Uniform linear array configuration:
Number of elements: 16
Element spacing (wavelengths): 1
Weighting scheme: hann
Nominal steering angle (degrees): -45
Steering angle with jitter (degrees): -45.94
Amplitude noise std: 0.05
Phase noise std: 0.05

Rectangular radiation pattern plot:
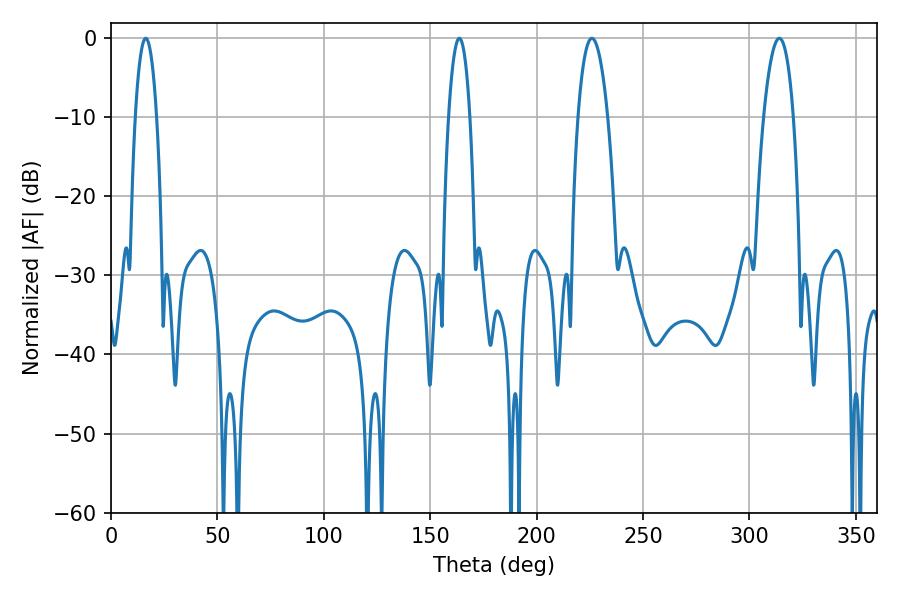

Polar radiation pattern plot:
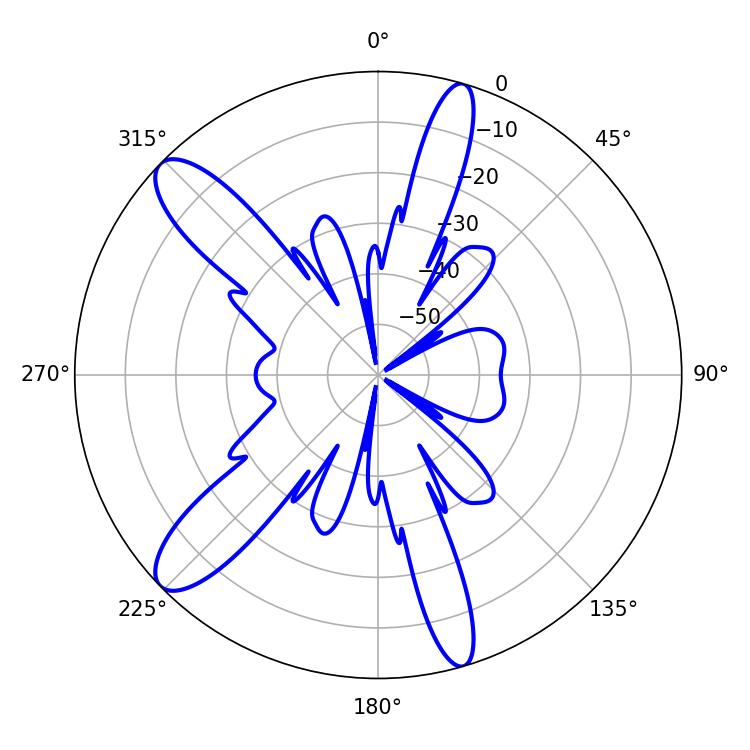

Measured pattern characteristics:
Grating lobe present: TRUE
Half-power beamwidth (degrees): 7.74
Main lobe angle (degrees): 225.9